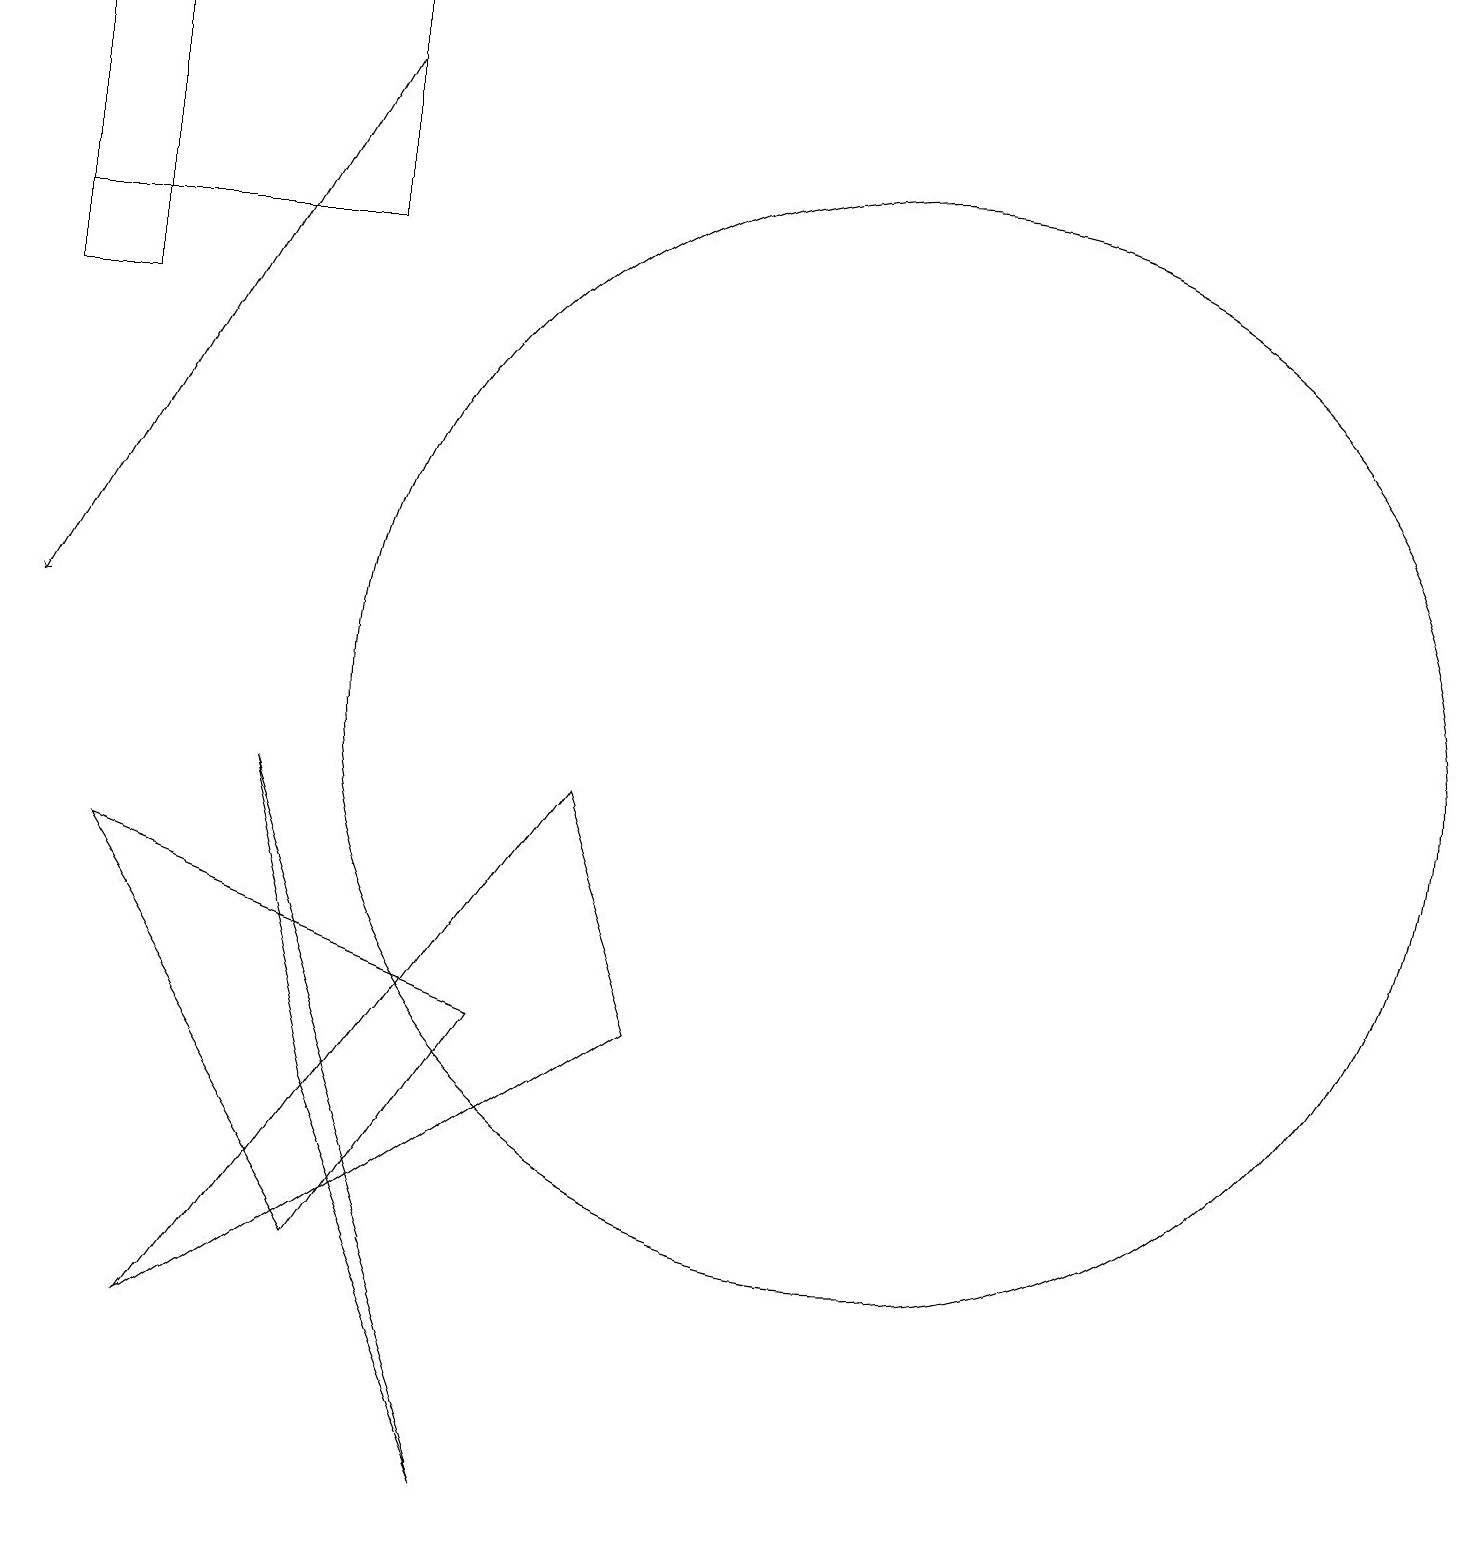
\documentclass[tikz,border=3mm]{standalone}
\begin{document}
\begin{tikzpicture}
\draw[->] (5,18) -- (1,11);
\draw (1,19) rectangle (5,16);
\draw (5,3) -- (2,8) -- (7,6) -- cycle;
\draw (1,19) rectangle (2,15);
\draw (12,10) circle (7);
\draw (9,6) -- (8,9) -- (3,2) -- cycle;
\draw (4,9) -- (7,0) -- (5,5) -- cycle;
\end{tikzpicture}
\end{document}